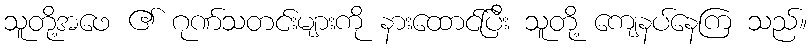
သူတို့အဖေ ၏ ဂုဏ်သတင်းများကို နားထောင်ပြီး သူတို့ ကျေနပ်နေကြ သည်။